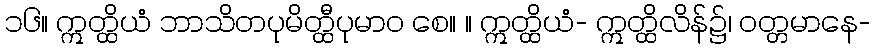
၁၆။ ဣတ္ထိယံ ဘာသိတပုမိတ္ထီပုမာဝ စေ။ ။ ဣတ္ထိယံ- ဣတ္ထိလိန်၌၊ ဝတ္တမာနေ-